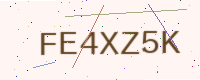
Text: FE4XZ5K